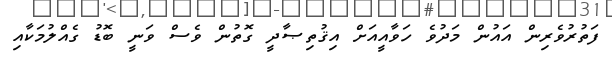
ފަތުރުވެރިން އައުން މަދުވެ ހަވާއީއަށް އިޤުތިޞާދީ ގޮތުން ވެސް ވަނީ ބޮޑު ގެއްލުމަކާއި